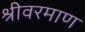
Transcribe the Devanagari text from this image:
श्रीवरमाण